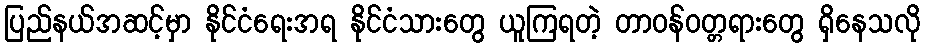
ပြည်နယ်အဆင့်မှာ နိုင်ငံရေးအရ နိုင်ငံသားတွေ ယူကြရတဲ့ တာဝန်ဝတ္တရားတွေ ရှိနေသလို